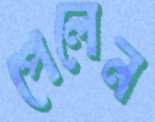
পেলেন